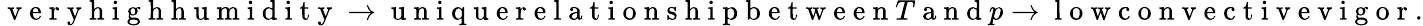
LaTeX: \mathrm{~v~e~r~y~h~i~g~h~h~u~m~i~d~i~t~y~}\rightarrow\mathrm{~u~n~i~q~u~e~r~e~l~a~t~i~o~n~s~h~i~p~b~e~t~w~e~e~n~}T\mathrm{~a~n~d~}p\rightarrow\mathrm{~l~o~w~c~o~n~v~e~c~t~i~v~e~v~i~g~o~r~}.